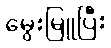
မွေးမြူပြီး